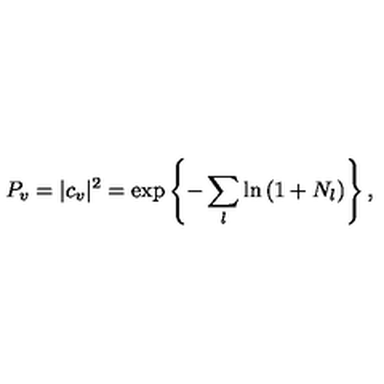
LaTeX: P _ { v } = | c _ { v } | ^ { 2 } = \exp \left\{ - \sum _ { l } \ln \left( 1 + N _ { l } \right) \right\} ,